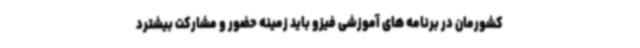
کشورمان در برنامه های آموزشی فیزو باید زمینه حضور و مشارکت بیشترد